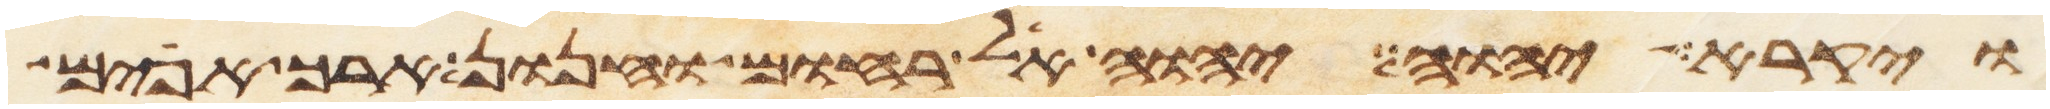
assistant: ויקרא יהוה יהוה אל רחום וחנון ארך אפים